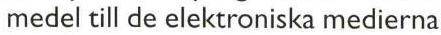
medel till de elektroniska medierna